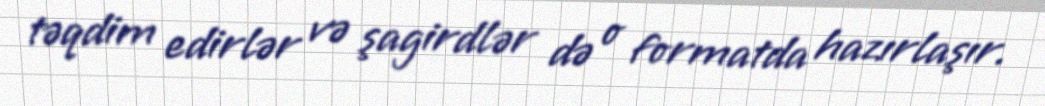
təqdim edirlər və şagirdlər də o formatda hazırlaşır.